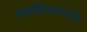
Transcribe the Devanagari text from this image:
स्वरवैभवाच्या